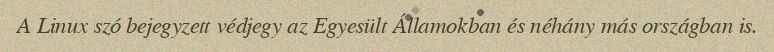
A Linux szó bejegyzett védjegy az Egyesült Államokban és néhány más országban is.